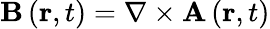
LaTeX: \mathbf{B}\left(\mathbf{r},t\right)=\nabla\times\mathbf{A}\left(\mathbf{r},t\right)